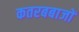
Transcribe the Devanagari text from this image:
कतरबबाजों